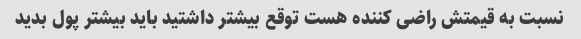
نسبت به قیمتش راضی کننده هست توقع بیشتر داشتید باید بیشتر پول بدید